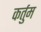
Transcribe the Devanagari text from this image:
कर्तुम